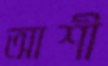
আশী